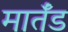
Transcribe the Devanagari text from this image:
मार्तँड